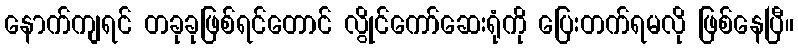
နောက်ကျရင် တခုခုဖြစ်ရင်တောင် လွိုင်ကော်ဆေးရုံကို ပြေးတက်ရမလို ဖြစ်နေပြီ။